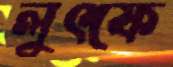
লুৎফে